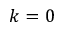
k = 0